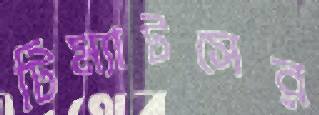
টিম্যাটসের